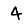
Digit: 4